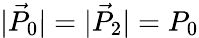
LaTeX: \vert\vec{P}_{0}\vert=\vert\vec{P}_{2}\vert=P_{0}